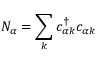
N _ { \alpha } = \sum _ { k } c _ { \alpha k } ^ { \dagger } c _ { \alpha k }